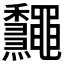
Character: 𪔁